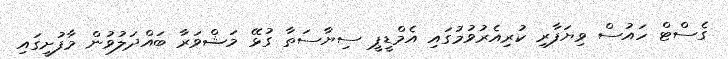
ގެސްޓް ހައުސް ވިޔަފާރި ކުރިއެރުވުމުގައި އެމްޑީޕީ ސިޔާސަތާ ގުޅޭ މަޝްވަރާ ބައްދަލުވުން މާފުށީގައި